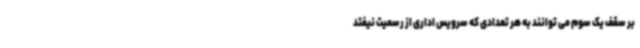
بر سقف یک سوم می توانند به هر تعدادی که سرویس اداری از رسمیت نیفتد